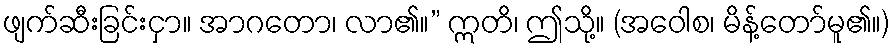
ဖျက်ဆီးခြင်းငှာ။ အာဂတော၊ လာ၏။” ဣတိ၊ ဤသို့။ (အဝေါစ၊ မိန့်တော်မူ၏။)